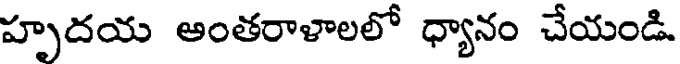
హృదయ అంతరాళాలలో ధ్యానం చేయండి